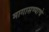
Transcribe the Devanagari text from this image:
मागासण्याचे